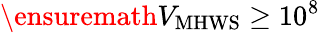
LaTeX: \ensuremath{V_{\mathrm{MHWS}}}\ge 10^{8}